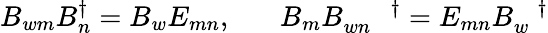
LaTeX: B_{wm}B_{n}^{\dagger}=B_{w}E_{mn},\; \; \; \; \; \; B_{m}B_{wn}^{\; \; \; \; \; \; \dagger}=E_{mn}B_{w}^{\; \; \; \dagger}